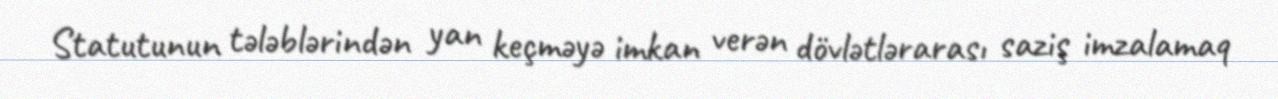
Statutunun tələblərindən yan keçməyə imkan verən dövlətlərarası saziş imzalamaq